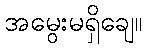
အမွေးမရှိချေ။